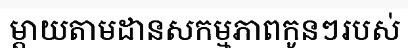
ម្តាយតាមដានសកម្មភាពកូនៗរបស់